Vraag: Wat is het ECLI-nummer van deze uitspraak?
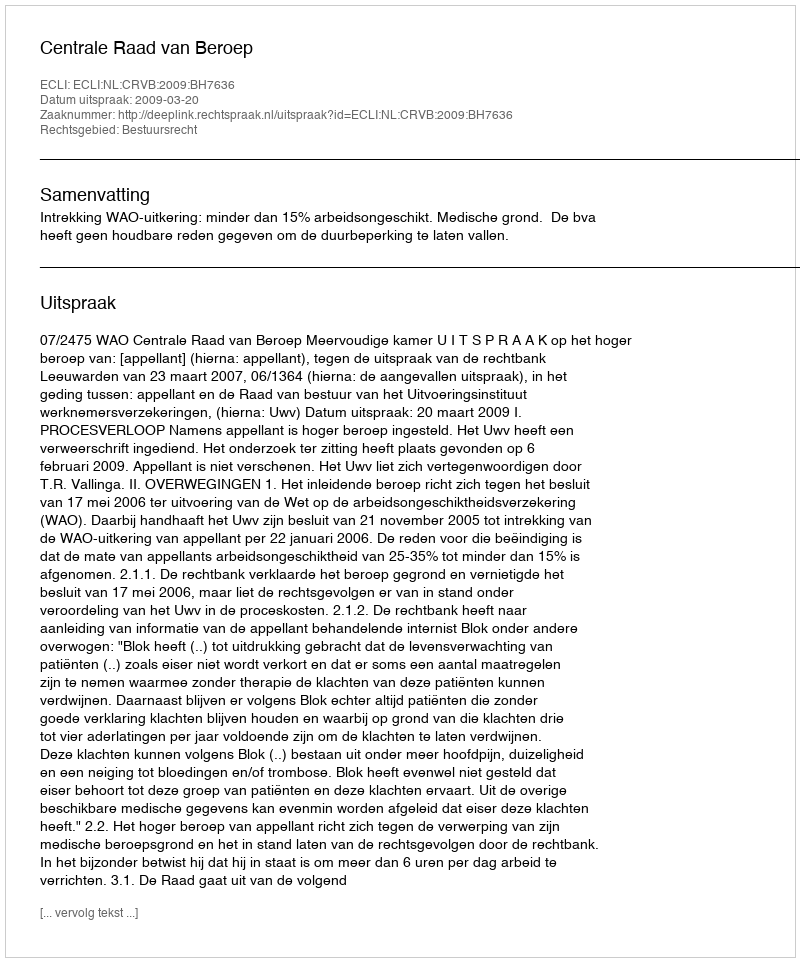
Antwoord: ECLI:NL:CRVB:2009:BH7636